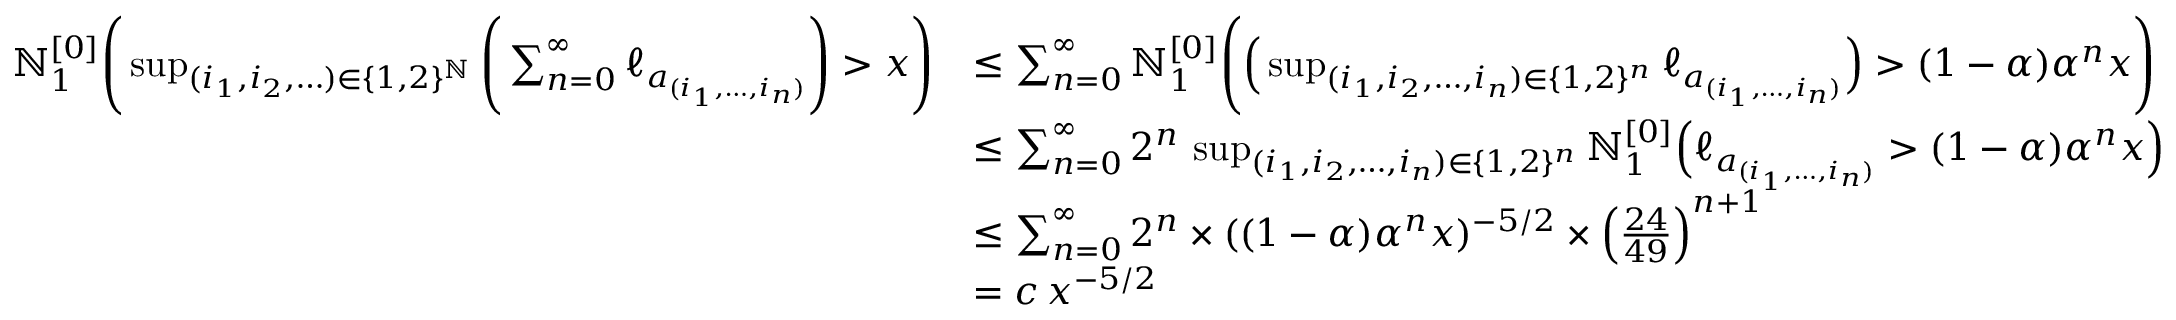
\begin{array} { r l } { \mathbb { N } _ { 1 } ^ { [ 0 ] } \Bigg ( \operatorname* { s u p } _ { ( i _ { 1 } , i _ { 2 } , \ldots ) \in \{ 1 , 2 \} ^ { \mathbb { N } } } \Bigg ( \sum _ { n = 0 } ^ { \infty } \ell _ { a _ { ( i _ { 1 } , \ldots , i _ { n } ) } } \Bigg ) > x \Bigg ) } & { \leq \sum _ { n = 0 } ^ { \infty } \mathbb { N } _ { 1 } ^ { [ 0 ] } \Bigg ( \Big ( \operatorname* { s u p } _ { ( i _ { 1 } , i _ { 2 } , \ldots , i _ { n } ) \in \{ 1 , 2 \} ^ { n } } \ell _ { a _ { ( i _ { 1 } , \ldots , i _ { n } ) } } \Big ) > ( 1 - \alpha ) \alpha ^ { n } x \Bigg ) } \\ & { \leq \sum _ { n = 0 } ^ { \infty } 2 ^ { n } \, \operatorname* { s u p } _ { ( i _ { 1 } , i _ { 2 } , \ldots , i _ { n } ) \in \{ 1 , 2 \} ^ { n } } \mathbb { N } _ { 1 } ^ { [ 0 ] } \Big ( \ell _ { a _ { ( i _ { 1 } , \ldots , i _ { n } ) } } > ( 1 - \alpha ) \alpha ^ { n } x \Big ) } \\ & { \leq \sum _ { n = 0 } ^ { \infty } 2 ^ { n } \times ( ( 1 - \alpha ) \alpha ^ { n } x ) ^ { - 5 / 2 } \times \Big ( \frac { 2 4 } { 4 9 } \Big ) ^ { n + 1 } } \\ & { = c \, x ^ { - 5 / 2 } } \end{array}